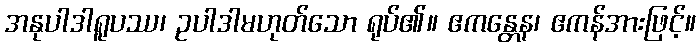
အနုပါဒါရူပဿ၊ ဥပါဒါမဟုတ်သော ရုပ်၏။ ဧကန္တေန၊ ဧကန်အားဖြင့်။